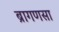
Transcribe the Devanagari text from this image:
ब्रागणसा